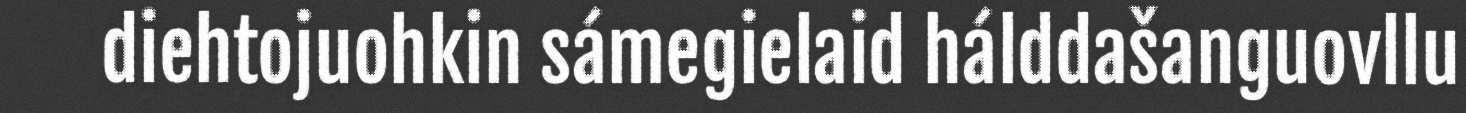
diehtojuohkin sámegielaid hálddašanguovllu